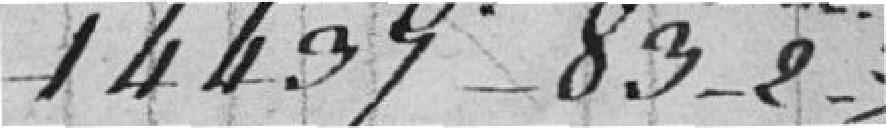
1.443 francs 83-2-3/4